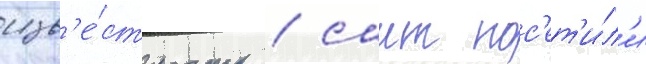
изв'е́стность / саит пос'ет'и́л'и